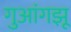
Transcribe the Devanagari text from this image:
गुआंगझू